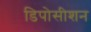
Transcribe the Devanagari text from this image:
डिपोसीशन